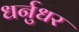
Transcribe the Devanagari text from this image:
धर्नुधर